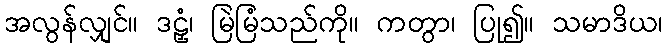
အလွန်လျှင်။ ဒဠှံ၊ မြဲမြံသည်ကို။ ကတွာ၊ ပြု၍။ သမာဒိယ၊